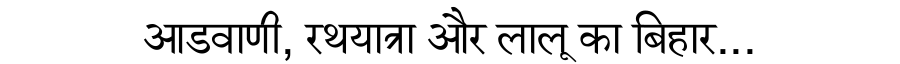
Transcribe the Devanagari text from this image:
आडवाणी, रथयात्रा और लालू का बिहार...